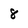
Character: 8